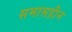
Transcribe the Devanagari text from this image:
समासहीन